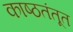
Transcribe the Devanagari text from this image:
काष्ठतंतूत